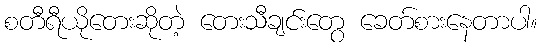
စတီရီယိုတေးဆိုတဲ့ တေးသီချင်းတွေ ခေတ်စားနေတာပါ။